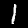
Digit: 1